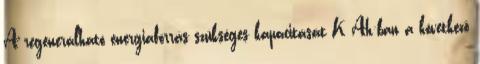
A regenerálható energiaforrás szükséges kapacitását K Ah-ban a következõ